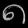
Digit: ၈